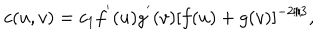
c ( u , v ) = c _ { 1 } f ^ { ' } ( u ) g ^ { ' } ( v ) [ f ( u ) + g ( v ) ] ^ { - 2 / 3 } ,